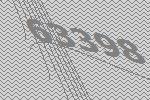
63398